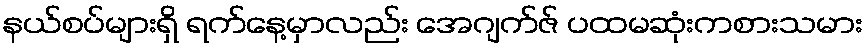
နယ်စပ်များရှိ ရက်နေ့မှာလည်း အေဂျက်ဇ် ပထမဆုံးကစားသမား